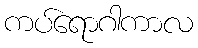
ကပ်ရောဂါကာလ